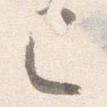
已